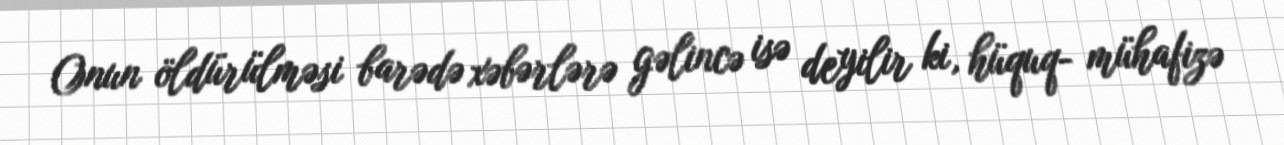
Onun öldürülməsi barədə xəbərlərə gəlincə isə deyilir ki, hüquq- mühafizə